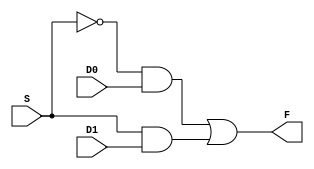
module mux_2x1(input D0 , input D1 , input S , output F);

wire w_and1 , w_and2 , w_snot;

not NOT1(w_snot , S);
and AND1(w_and1 , w_snot , D0);
and AND2(w_and2 , S , D1);
or OR1(F , w_and1 , w_and2);

endmodule